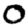
Digit: 0